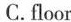
C.floor